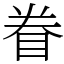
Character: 眷